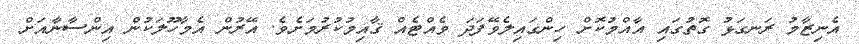
އެނިޒާމު ރަނގަޅު ގޮތުގައި އާއްމުކޮށް ހިންގައިލެވޭފަދަ ވެއްޓެއް ޤާއިމުކުރުމަށެވެ. އޭރުން އެމާހޫލަކުން އިންސާނާއަށް